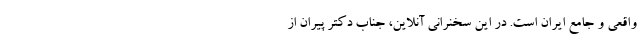
واقعی و جامع ایران است. در این سخنرانی آنلاین، جناب دکتر پیران از